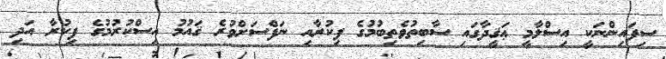
ސިފައިންނަކީ އިސްލާމީ ޢަޤީދާގައި ސާބިތުވެތިބުމުގެ ފިކުރާއި ނަފްސަށްވުރެ ޤައުމު އިސްކުރުމުގެ ފިކުރާ އަދި